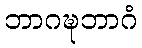
ဘာဂဍ္ဎဘာဂံ